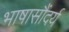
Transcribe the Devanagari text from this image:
भाषासौंदर्य